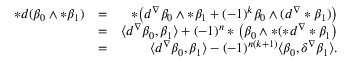
\begin{array} { r l r } { * d ( \beta _ { 0 } \wedge * \beta _ { 1 } ) } & { = } & { * \big ( d ^ { \nabla } \beta _ { 0 } \wedge * \beta _ { 1 } + ( - 1 ) ^ { k } \beta _ { 0 } \wedge ( d ^ { \nabla } * \beta _ { 1 } ) \big ) } \\ & { = } & { \langle d ^ { \nabla } \beta _ { 0 } , \beta _ { 1 } \rangle + ( - 1 ) ^ { n } * \big ( \beta _ { 0 } \wedge * ( * d ^ { \nabla } * \beta _ { 1 } \big ) } \\ & { = } & { \langle d ^ { \nabla } \beta _ { 0 } , \beta _ { 1 } \rangle - ( - 1 ) ^ { n ( k + 1 ) } \langle \beta _ { 0 } , \delta ^ { \nabla } \beta _ { 1 } \rangle . } \end{array}